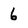
Character: 6